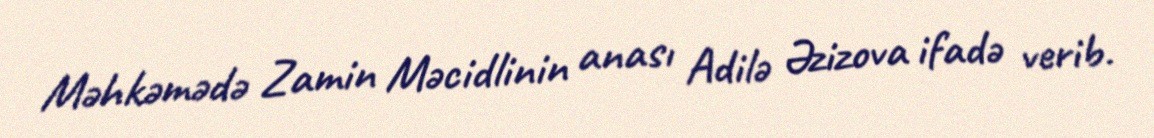
Məhkəmədə Zamin Məcidlinin anası Adilə Əzizova ifadə verib.